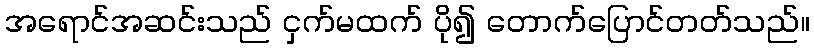
အရောင်အဆင်းသည် ငှက်မထက် ပို၍ တောက်ပြောင်တတ်သည်။